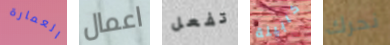
العمارة اعمال تفعل كابينة نحرك